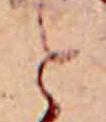
と